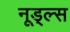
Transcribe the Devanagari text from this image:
नूड्ल्स